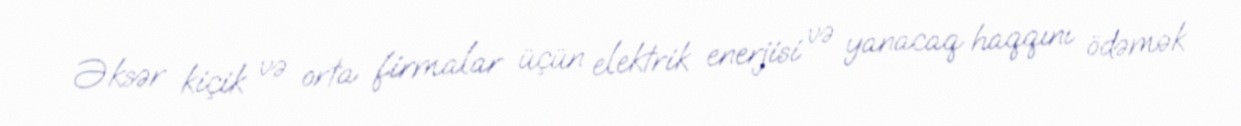
Əksər kiçik və orta firmalar üçün elektrik enerjisi və yanacaq haqqını ödəmək